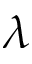
\lambda